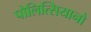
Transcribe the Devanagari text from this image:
पोलित्सियानो